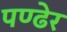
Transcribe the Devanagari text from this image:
पण्ढेर